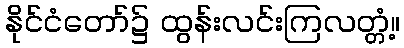
နိုင်ငံတော်၌ ထွန်းလင်းကြလတ္တံ့။